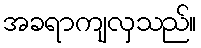
အခရာကျလှသည်။